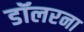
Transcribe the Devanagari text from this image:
डॉलरना